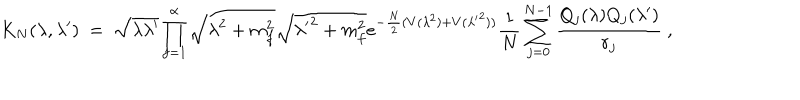
K _ { N } ( \lambda , \lambda ^ { \prime } ) ~ = ~ \sqrt { \lambda \lambda ^ { \prime } } \prod _ { f = 1 } ^ { \alpha } \sqrt { \lambda ^ { 2 } + m _ { f } ^ { 2 } } \sqrt { { \lambda ^ { \prime } } ^ { 2 } + m _ { f } ^ { 2 } } e ^ { - \frac { N } { 2 } ( V ( \lambda ^ { 2 } ) + V ( { \lambda ^ { \prime } } ^ { 2 } ) ) } \frac { 1 } { N } \sum _ { j = 0 } ^ { N - 1 } \frac { Q _ { j } ( \lambda ) Q _ { j } ( \lambda ^ { \prime } ) } { r _ { j } } ~ ,